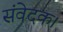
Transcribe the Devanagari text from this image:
संवेदक।